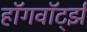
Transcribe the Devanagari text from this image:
हॉगवॉर्ट्झ